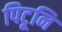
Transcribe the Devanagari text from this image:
पिटूनि